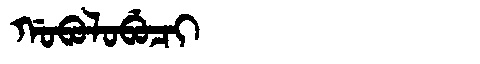
Manchu: ᡤᠣᠪᠣᠯᠣᠪᡠᠴᡳ
Romanization: GOBOLOBUCI